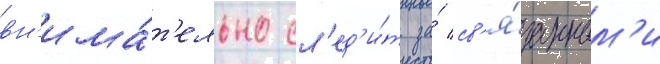
вн'има́т'ельно сл'ед'и́т за́ св'я́занным'и